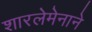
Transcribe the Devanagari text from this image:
शारलेमेनाने